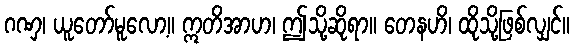
ဂဏှ၊ ယူတော်မူလော့။ ဣတိအာဟ၊ ဤသို့ဆိုရာ။ တေနဟိ၊ ထိုသို့ဖြစ်လျှင်။